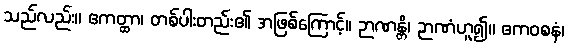
သည်လည်း။ ဧကတ္ထာ၊ တစ်ပါးတည်း၏ အဖြစ်ကြောင့်။ ဉာဏန္တိ၊ ဉာဏံဟူ၍။ ဧကဝစနံ၊